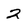
Character: 2